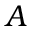
A